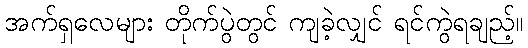
အက်ရှလေများ တိုက်ပွဲတွင် ကျခဲ့လျှင် ရင်ကွဲရချည့်။